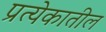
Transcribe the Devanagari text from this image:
प्रत्येकातील